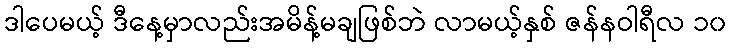
ဒါပေမယ့် ဒီနေ့မှာလည်းအမိန့်မချဖြစ်ဘဲ လာမယ့်နှစ် ဇန်နဝါရီလ ၁၀